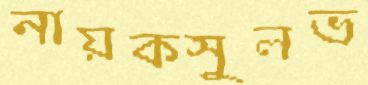
নায়কসুলভ